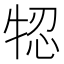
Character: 㸾